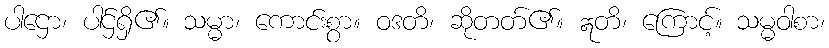
ပါဌော၊ ပါဌ်ရှိ၏။ သမ္မာ၊ ကောင်းစွာ။ ဝဒတိ၊ ဆိုတတ်၏။ ဣတိ၊ ကြောင့်။ သမ္မဝါစာ၊